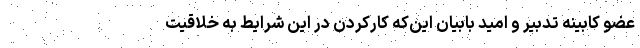
عضو کابینه تدبیر و امید بابیان این‌که کارکردن در این شرایط به خلاقیت